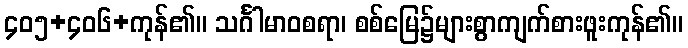
၄၀၅+၄၀၆+ကုန်၏။ သင်္ဂါမာဝစရာ၊ စစ်မြေ၌များစွာကျက်စားဖူးကုန်၏။